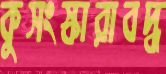
কুসংস্কারাবদ্ধ